Vaccination in Bombay 1874-1876 - 1874-1876
Year: 1874
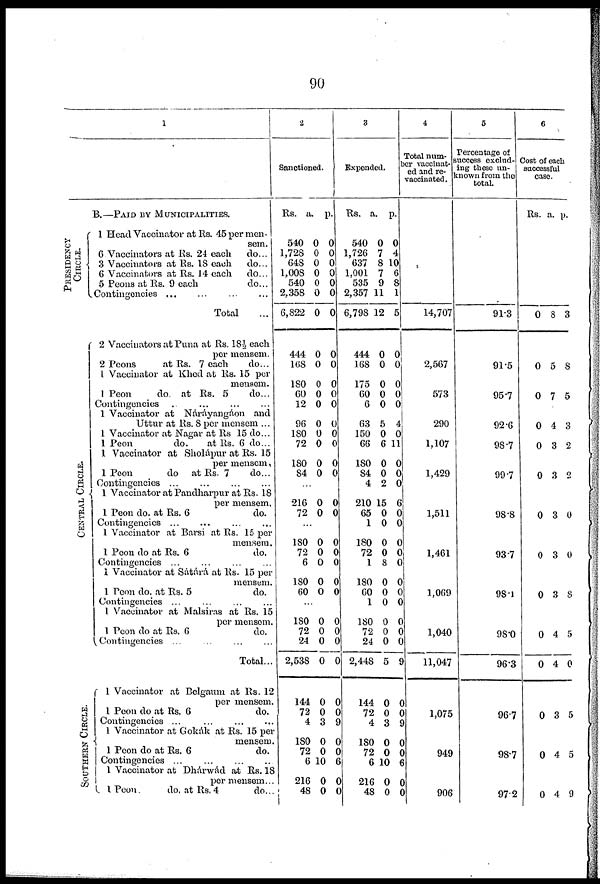
90
1
B.—PAID BY MUNICIPALITIES.
PRESIDENCY
CIRCLE.
CE NT RAL CI RCLE.
SOUTHERN CIRCLE.
1 Head Vaccinator at Rs. 45 per men-
sem.
6 Vaccinators at Rs. 24 each
do...
3 Vaccinators at Rs. 18 each
do...
6 Vaccinators at Rs. 14 each
do...
5 Peons at Rs. 9 each
do...
Contingencies... ... ... ...
Total ...
2 Vaccinators at Puna at Rs. 18½ each
per mensem.
2 Peons
at Rs. 7 each
do...
1 Vaccinator at Khed at Rs. 15 per
mensem.
1 Peon
do. at Rs. 5
do...
Contingencies ... ... ... ...
1 Vaccinator at Náráyangáon and
Uttur at Rs. 8 per mensem ...
1 Vaccinator at Nagar at Rs 15 do...
1 Peon
do.
at Rs. 6 do...
1 Vaccinator at Sholápur at Rs. 15
per mensem.
1 Poon
do at Rs. 7
do...
Contingencies... ... ... ...
1 Vaccinator at Pandharpur at Rs. 18
per mensem.
1 Peon do. at Rs. 6
do.
Contingencies...
...
...
...
1 Vaccinator at Barsi at Rs. 15 per
mensem.
1 Peon do at Rs. 6
do.
Contingencies ... ... ... ...
1 Vaccinator at Sátárá at Rs. 15 per
mensem.
1 Peon do. at Rs. 5
do.
Contingencies ... ... ... ...
1 Vaccinator at Malsiras at Rs. 15
per mensem.
1 Peon do at Rs. 6
do.
Contingencies ... ... ... ...
Total...
1 Vaccinator at Belgaum at Rs. 12
per mensem.
1 Peon do at Rs. 6
do.
Contingencies ... ... ... ...
1 Vaccinator at Gokák at Rs. 15 per
mensem.
1 Peon do at Rs. 6
do.
Contingencies
...
...
...
...
1 Vaccinator at Dhárwád at Rs. 18
per mensem...
1 Peon.
do. at Rs. 4
do...
2
Sanctioned.
Rs.
540
1,728
648
1,008
540
2,358
6,822
444
168
180
60
12
96
180
72
180
84
a.
0
0
0
0
0
0
0
0
0
0
0
0
0
0
0
0
0
p.
0
0
0
0
0
0
0
0
0
0
0
0
0
0
0
0
0
...
216
72
0
0
0
0
...
180
72
6
180
60
0
0
0
0
0
0
0
0
0
0
...
180
72
24
2,538
144
72
4
180
72
6
216
48
0
0
0
0
0
0
3
0
0
10
0
0
0
0
0
0
0
0
9
0
0
6
0
0
3
Expended.
Rs.
540
1,726
637
1,001
535
2,357
6,798
444
168
175
60
6
63
150
66
180
84
4
210
65
1
180
72
1
180
60
1
180
72
24
2,448
144
72
4
180
72
6
216
48
a.
0
7
8
7
9
11
12
0
0
0
0
0
5
0
6
0
0
2
15
0
0
0
0
8
0
0
0
0
0
0
5
0
0
3
0
0
10
0
0
p.
0
4
10
6
8
1
5
0
0
0
0
0
4
0
11
0
0
0
6
0
0
0
0
0
0
0
0
0
0
0
9
0
0
9
0
0
6
0
0
4
Total num¬
ber vaccinat¬
ed and re¬
vaccinated.
14,707
2,567
573
290
1,107
1,429
1,511
1,461
1,069
1,040
11,047
1,075
949
906
5
Percentage of
success exclud-
ing these un¬
known from the
total.
91.3
91.5
95.7
92.6
98.7
99.7
98.8
93.7
98.1
98.0
96.3
96.7
98.7
97.2
6
Cost of each
successful
case.
Rs. a. p.
0 8 3
0 5 8
0 7 5
0 4 3
0 3 2
0 3 2
0 3 0
0 3 0
0 3 8
0 4 5
0 4 0
0 3 5
0 4 5
0 4 9